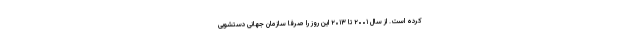
کرده است. از سال ۲۰۰۱ تا ۲۰۱۳ این روز را صرفاً سازمان جهانی دستشویی